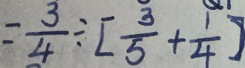
= \frac { 3 } { 4 } \div [ \frac { 3 } { 5 } + \frac { 1 } { 4 } ]